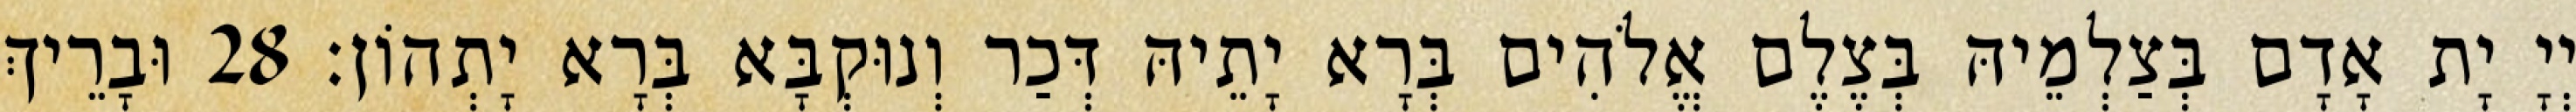
יְיָ יָת אָדָם בְּצַלְמֵיהּ בְּצֶלֶם אֱלֹהִים בְּרָא יָתֵיהּ דְּכַר וְנוּקְבָּא בְּרָא יָתְהוֹן׃ 28 וּבָרֵיךְ